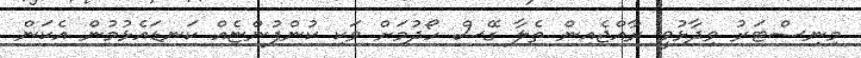
މިނިސްޓަރު ވިދާޅުވީ ރާއްޖެއިން ތެލާ ގޭސް ހޯދުމަށް ވަކި ކުންފުންޏެއް ކަނޑައެޅުމުން އެކަން